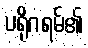
ပရိုဂရမ်၏